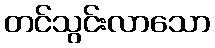
တင်သွင်းလာသော